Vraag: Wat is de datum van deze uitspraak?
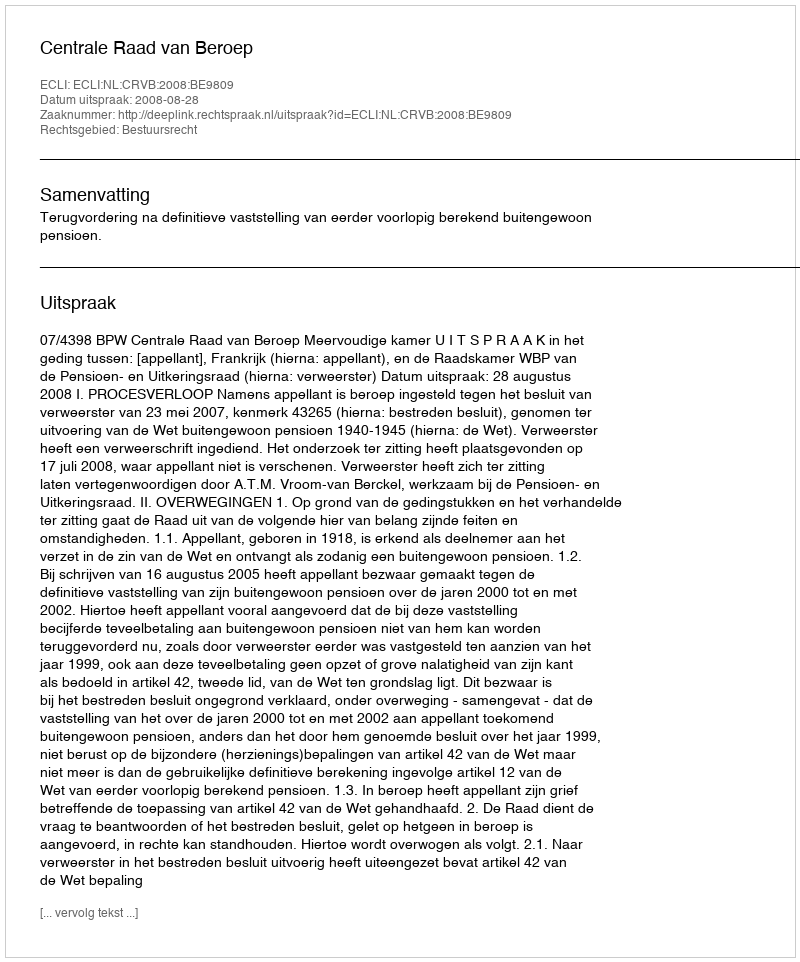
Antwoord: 2008-08-28